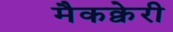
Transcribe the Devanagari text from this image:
मैकक्वेरी